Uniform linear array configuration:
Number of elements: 4
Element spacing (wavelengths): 0.25
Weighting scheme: hann
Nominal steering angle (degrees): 45
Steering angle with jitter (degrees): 46.615
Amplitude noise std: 0.05
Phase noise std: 0.05

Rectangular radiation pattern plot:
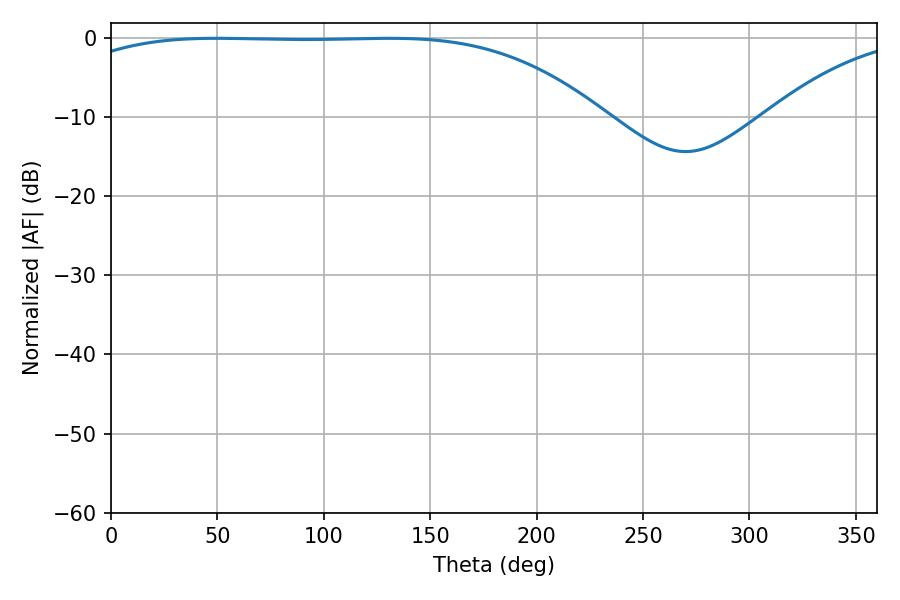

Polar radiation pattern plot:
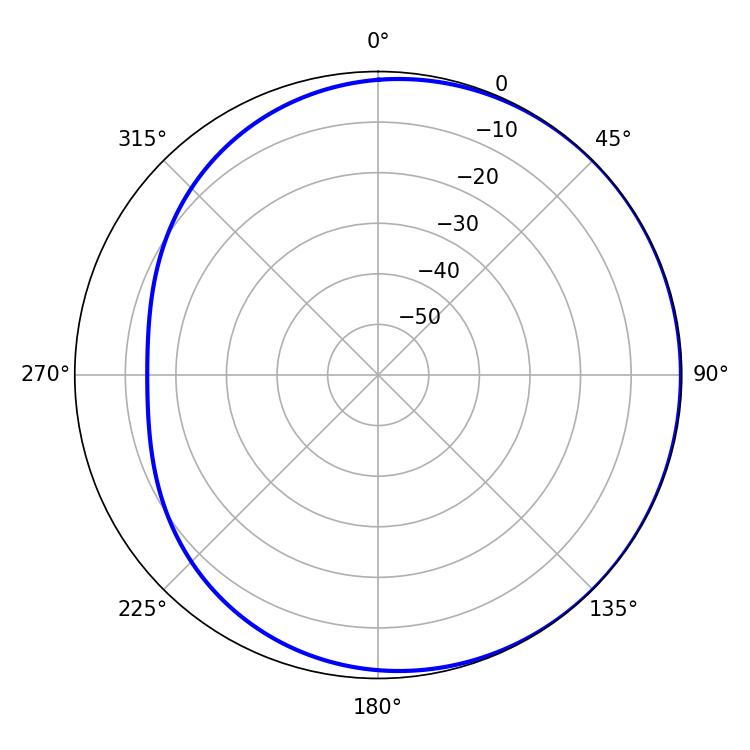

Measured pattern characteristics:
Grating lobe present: FALSE
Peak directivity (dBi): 0.8304
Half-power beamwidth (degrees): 193.86
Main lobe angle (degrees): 49.32